Sketch of the medical history of the native army of Bombay, for the year
Year: 1876
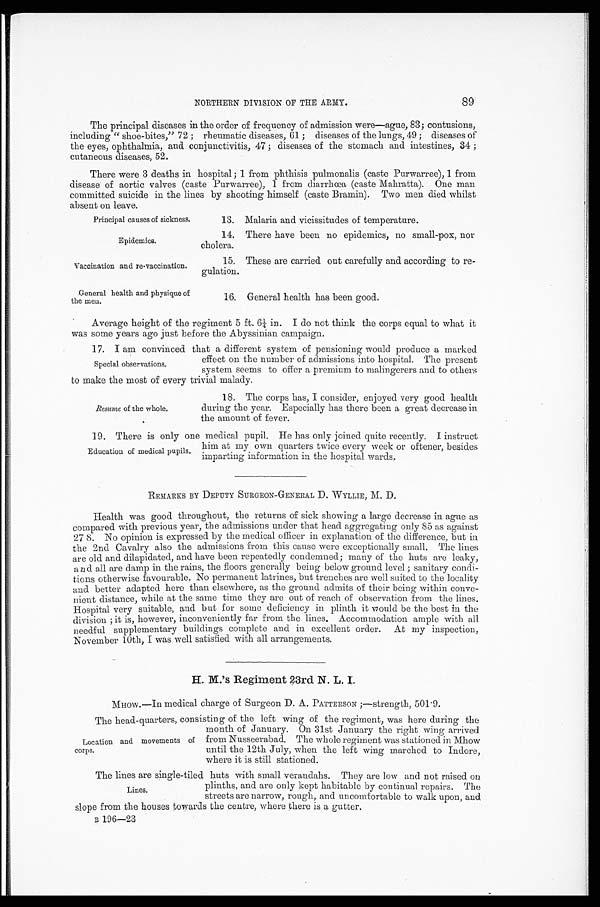
89
NORTHERN DIVISION OF THE ARMY.
The principal diseases in the order of frequency of admission were—ague, 83; contusions,
including "shoe-bites," 72; rheumatic diseases, 61; diseases of the lungs, 49; diseases of
the eyes, ophthalmia, and conjunctivitis, 47; diseases of the stomach and intestines, 34;
cutaneous diseases, 52.
There were 3 deaths in hospital; 1 from phthisis pulmonalis (caste Purwarree), 1 from
disease of aortic valves (caste Purwarree), 1 from diarrhœa (caste Mahratta). One man
committed suicide in the lines by shooting himself (caste Bramin). Two men died whilst
absent on leave.
Principal causes of sickness.
Epidemics.
Vaccination and re-vaccination.
General health and physique of
the men.
13. Malaria and vicissitudes of temperature.
14. There have been no epidemics, no small-pox, nor
cholera.
15. These are carried out carefully and according to re
-
gulation.
16. General health has been good.
Average height of the regiment 5 ft. 6¼ in. I do not think the corps equal to what it
was some years ago just before the Abyssinian campaign.
17. I am convinced that a different system of pensioning would produce a marked
effect on the number of admissions into hospital. The present
system seems to offer a premium to malingerers and to others
to make the most of every trivial malady.
Special observations.
Resume of the whole.
18. The corps has, I consider, enjoyed very good health
during the year. Especially has there been a great decrease in
the amount of fever.
19. There is only one medical pupil. He has only joined quite recently. I instruct
him at my own quarters twice every week or oftener, besides
imparting information in the hospital wards.
REMARKS BY DEPUTY SURGEON-GENERAL D. WYLLIE, M. D.
Health was good throughout, the returns of sick showing a large decrease in ague as
compared with previous year, the admissions under that head aggregating only 85 as against
27 8. No opinion is expressed by the medical officer in explanation of the difference, but in
the 2nd Cavalry also the admissions from this cause were exceptionally small. The lines
are old and dilapidated, and have been repeatedly condemned; many of the huts are leaky,
and all are damp in the rains, the floors generally being below ground level; sanitary condi
-
tions otherwise favourable. No permanent latrines, but trenches are well suited to the locality
and better adapted here than elsewhere, as the ground admits of their being within conve
-
nient distance, while at the same time they are out of reach of observation from the lines.
Hospital very suitable, and but for some deficiency in plinth it would be the best in the
division; it is, however, inconveniently far from the lines. Accommodation ample with all
needful supplementary buildings complete and in excellent order. At my inspection,
November 10th, I was well satisfied with all arrangements.
H. M.'s Regiment 23rd N. L. I.
MHOW.—In medical charge of Surgeon D. A. PATTERSON;—strength, 501.9.
The head-quarters, consisting of the left wing of the regiment, was here during the
month of January. On 31st January the right wing arrived
from Nusseerabad. The whole regiment was stationed in Mhow
until the 12th July, when the left wing marched to Indore,
where it is still stationed.
The lines are single-tiled huts with small verandahs. They are low and not raised on
plinths, and are only kept habitable by continual repairs. The
streets are narrow, rough, and uncomfortable to walk upon, and
slope from the houses towards the centre, where there is a gutter.
196—23
Education of medical pupils.
Location and movements of
corps.
Lines.